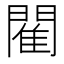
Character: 閵